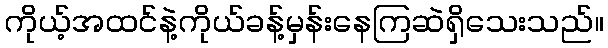
ကိုယ့်အထင်နဲ့ကိုယ်ခန့်မှန်းနေကြဆဲရှိသေးသည်။